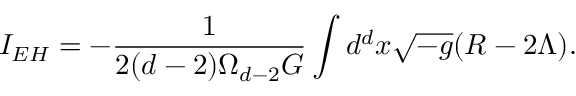
I _ { E H } = - \frac { 1 } { 2 ( d - 2 ) \Omega _ { d - 2 } G } \int d ^ { d } x \sqrt { - g } ( R - 2 \Lambda ) .